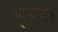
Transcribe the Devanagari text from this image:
भुग्गा